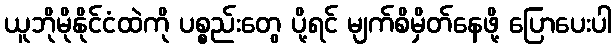
ယူဘိုမိုနိုင်ငံထဲကို ပစ္စည်းတွေ ပို့ရင် မျက်စိမှိတ်နေဖို့ ပြောပေးပါ